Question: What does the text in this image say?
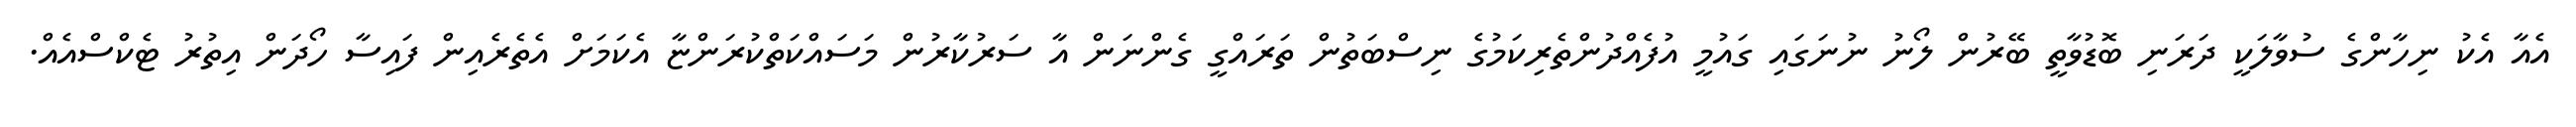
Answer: އެއާ އެކު ނިހާންގެ ސުވާލަކީ ދަރަނި ބޮޑުވާތީ ބޭރުން ލޯނު ނުނަގައި ގައުމީ އުފެއްދުންތެރިކަމުގެ ނިސްބަތުން ތަރައްގީ ގެންނަން އާ ސަރުކާރުން މަސައްކަތްކުރަންޏާ އެކަމަށް އެތެރެއިން ފައިސާ ހޯދަން އިތުރު ޓެކްސްއެއް.